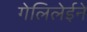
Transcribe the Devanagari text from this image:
गेलिलेईने